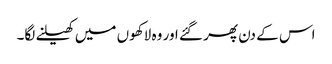
اس کے دن پھر گئے اور وہ لاکھوں میں کھیلنے لگا۔